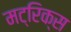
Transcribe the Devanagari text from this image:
मट्रिक्स